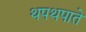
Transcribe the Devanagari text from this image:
थपथपाते